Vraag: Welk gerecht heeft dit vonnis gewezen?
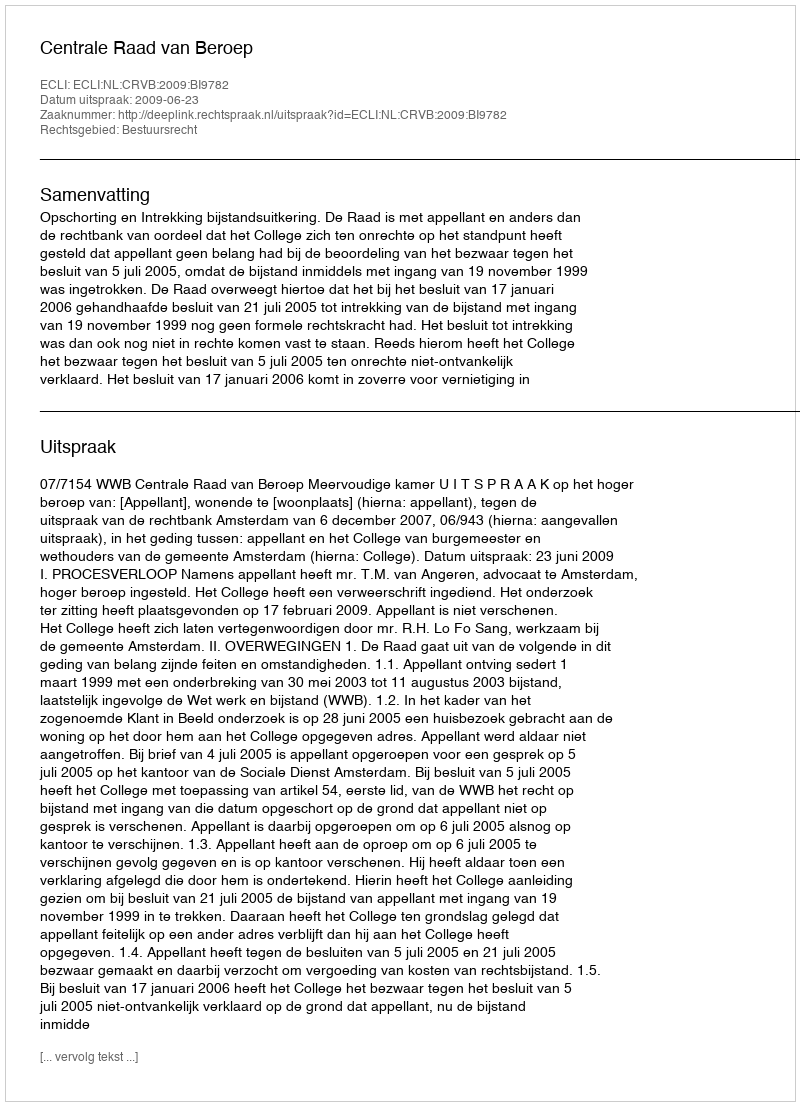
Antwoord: Centrale Raad van Beroep